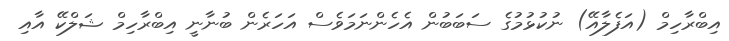
އިބްރާހިމް (އަފެލާއޭ) ނުކުޅުމުގެ ސަބަބުން އެހެންނަމަވެސް އަހަރެން ބުނާނީ އިބްރާހިމް ޝަލްކޭ އާއި